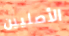
الأصليين